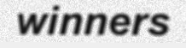
winners